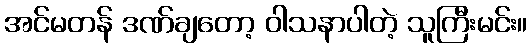
အင်မတန် ဒဏ်ချတော့ ဝါသနာပါတဲ့ သူကြီးမင်း။